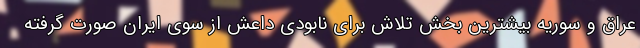
عراق و سوریه بیشترین بخش تلاش برای نابودی داعش از سوی ایران صورت گرفته